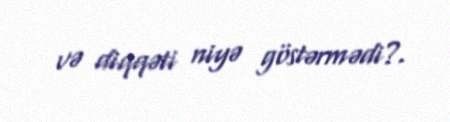
və diqqəti niyə göstərmədi?.